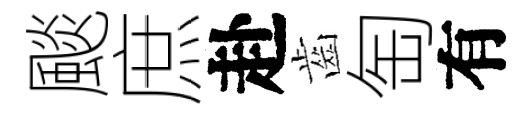
颷庶赴齒匋有